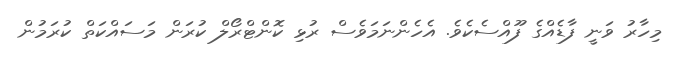
މިހާރު ވަނީ ފާޑެއްގެ ފޫއްސެކެވެ. އެހެންނަމަވެސް ރުޅި ކޮންޓްރޯލް ކުރަން މަސައްކަތް ކުރަމުން